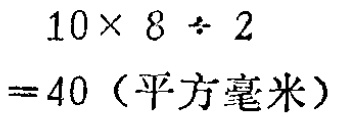
\[

\begin{align*}

&10\times8\div2\\

=&40 \text{（平方毫米）}

\end{align*}

\]